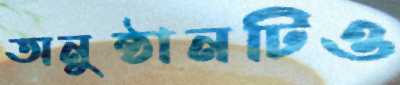
অনুষ্ঠানটিও